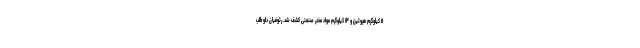
۱۱ کیلوگرم هروئین و ۱۴ کیلوگرم مواد مخدر صنعتی کشف شد. رئوفیان داوطلب